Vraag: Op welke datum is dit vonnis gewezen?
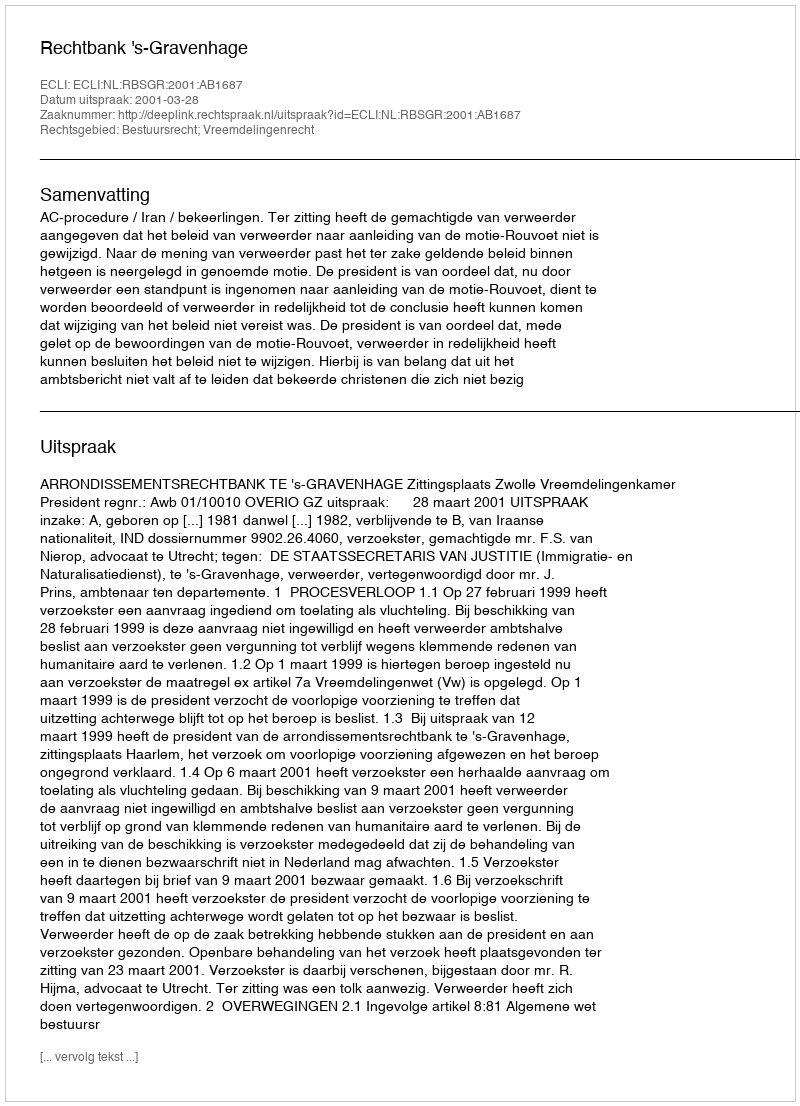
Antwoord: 2001-03-28